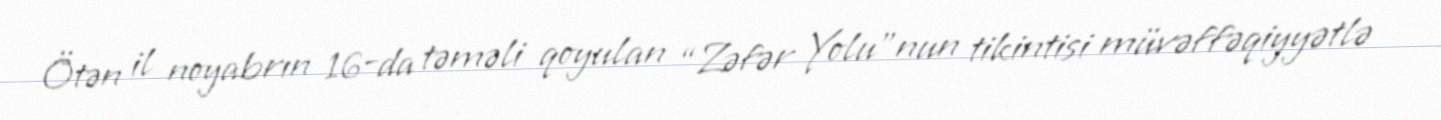
Ötən il noyabrın 16-da təməli qoyulan “Zəfər Yolu”nun tikintisi müvəffəqiyyətlə